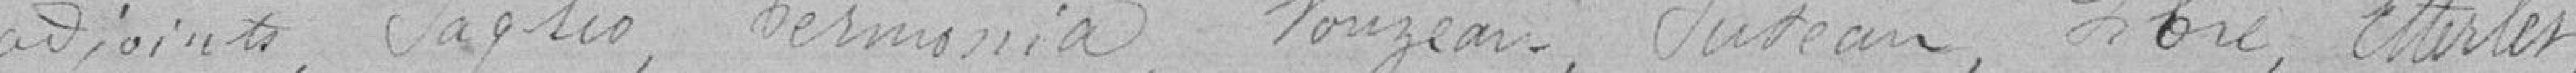
adjoints, Saglio, Cermonia, Vouzean, Justeau, Hore, Etterlet